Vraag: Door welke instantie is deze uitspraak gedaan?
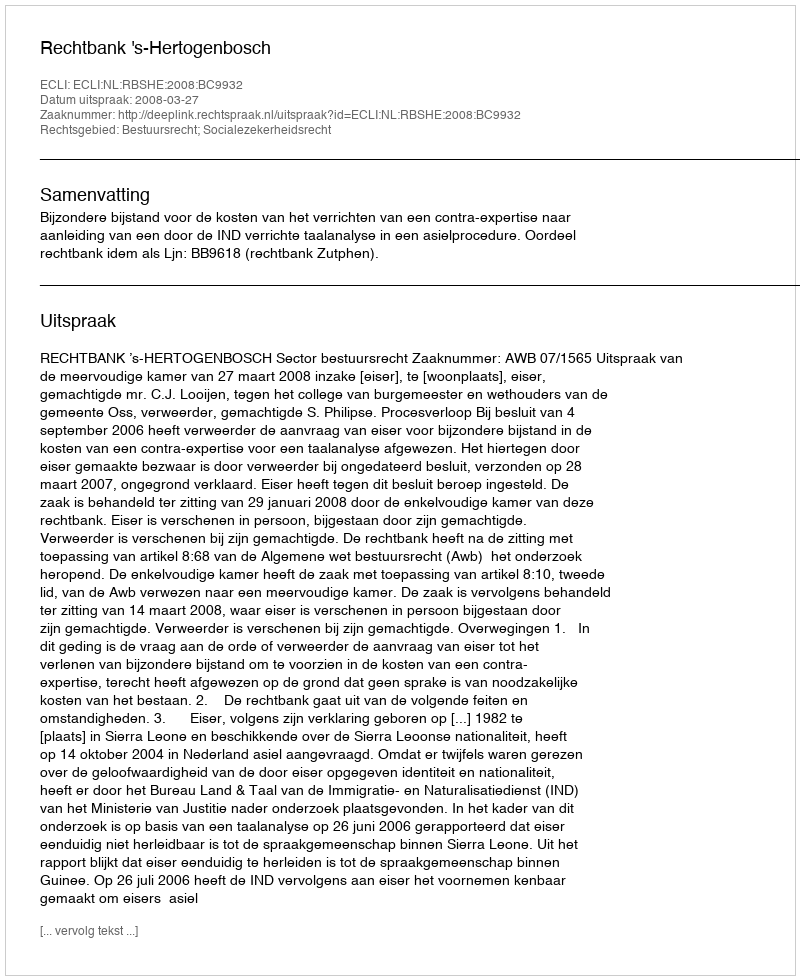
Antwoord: Rechtbank 's-Hertogenbosch